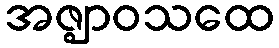
အဇ္ဈာဝသထေ